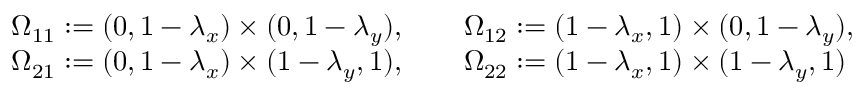
\begin{array} { r l } & { \Omega _ { 1 1 } : = ( 0 , 1 - \lambda _ { x } ) \times ( 0 , 1 - \lambda _ { y } ) , \quad \quad \Omega _ { 1 2 } : = ( 1 - \lambda _ { x } , 1 ) \times ( 0 , 1 - \lambda _ { y } ) , } \\ & { \Omega _ { 2 1 } : = ( 0 , 1 - \lambda _ { x } ) \times ( 1 - \lambda _ { y } , 1 ) , \quad \quad \Omega _ { 2 2 } : = ( 1 - \lambda _ { x } , 1 ) \times ( 1 - \lambda _ { y } , 1 ) } \end{array}